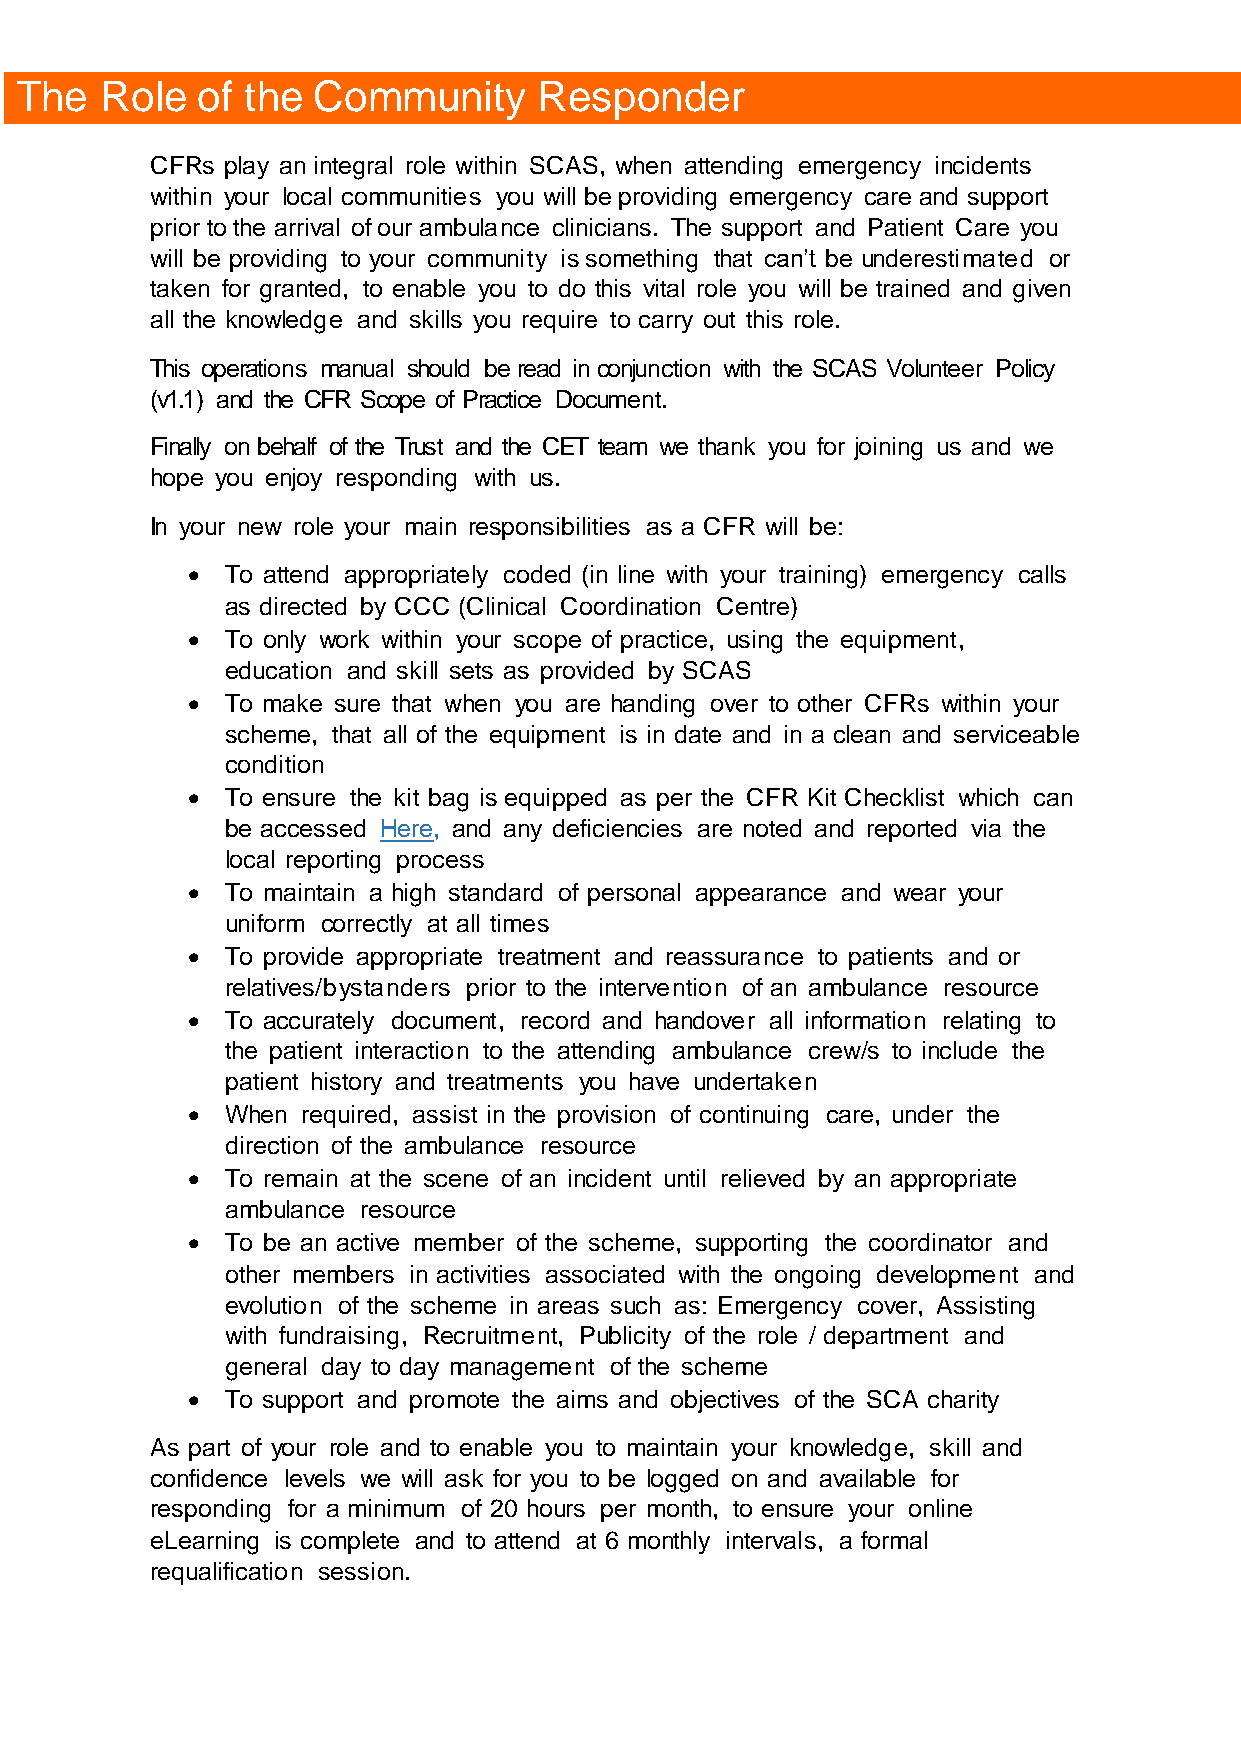
The   Role  of the  Community      Responder
 CFRs play an integral role within SCAS, when attending emergency incidents
 within your local communities you will be providing emergency care and support
 prior to the arrival of our ambulance clinicians. The support and Patient Care you
 will be providing to your community is something that can’t be underestimated or
 taken for granted, to enable you to do this vital role you will be trained and given
 all the knowledge and skills you require to carry out this role.
 This operations manual should be read in conjunction with the SCAS Volunteer Policy
 (v1.1) and the CFR Scope of Practice Document.
 Finally on behalf of the Trust and the CET team we thank you for joining us and we
 hope you enjoy responding with us.
 In your new role your main responsibilities as a CFR will be:
   To attend appropriately coded (in line with your training) emergency calls
 as directed by CCC (Clinical Coordination Centre)
   To only work within your scope of practice, using the equipment,
 education and skill sets as provided by SCAS
   To make sure that when you are handing over to other CFRs within your
 scheme, that all of the equipment is in date and in a clean and serviceable
 condition
   To ensure the kit bag is equipped as per the CFR Kit Checklist which can
 be accessed Here, and any deficiencies are noted and reported via the
 local reporting process
   To maintain a high standard of personal appearance and wear your
 uniform correctly at all times
   To provide appropriate treatment and reassurance to patients and or
 relatives/bystanders prior to the intervention of an ambulance resource
   To accurately document, record and handover all information relating to
 the patient interaction to the attending ambulance crew/s to include the
 patient history and treatments you have undertaken
   When required, assist in the provision of continuing care, under the
 direction of the ambulance resource
   To remain at the scene of an incident until relieved by an appropriate
 ambulance resource
   To be an active member of the scheme, supporting the coordinator and
 other members in activities associated with the ongoing development and
 evolution of the scheme in areas such as: Emergency cover, Assisting
 with fundraising, Recruitment, Publicity of the role / department and
 general day to day management of the scheme
   To support and promote the aims and objectives of the SCA charity
 As part of your role and to enable you to maintain your knowledge, skill and
 confidence levels we will ask for you to be logged on and available for
 responding for a minimum of 20 hours per month, to ensure your online
 eLearning is complete and to attend at 6 monthly intervals, a formal
 requalification session.